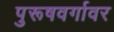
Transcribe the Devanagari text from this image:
पुरूषवर्गावर